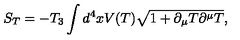
S _ { T } = - T _ { 3 } \int d ^ { 4 } x V ( T ) \sqrt { 1 + \partial _ { \mu } T \partial ^ { \mu } T } ,